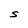
Character: S